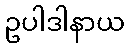
ဥပါဒါနာယ